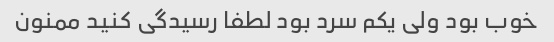
خوب بود ولی یکم سرد بود لطفا رسیدگی کنید ممنون